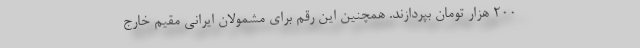
200 هزار تومان بپردازند. همچنین این رقم برای مشمولان ایرانی مقیم خارج